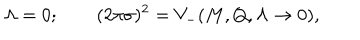
\Lambda = 0 ; \qquad ( 2 \pi \sigma ) ^ { 2 } = V _ { - } ( M , Q , \Lambda \to 0 ) ,